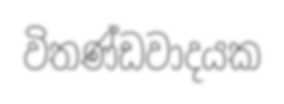
විතණ්ඩවාදයක